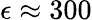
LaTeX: \epsilon\approx 300